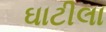
ઘાટીલા